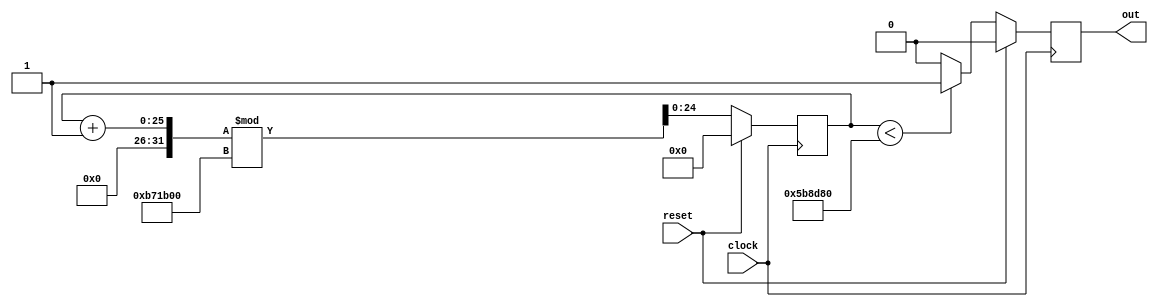
module clock_divider #(
    parameter [5:0]  COUNT_WIDTH = 24,
    // Create a default divisor constant of 6mhz which will result in a delay of 500ms per cycle (1 / (12mhz / 6mhz))
    parameter [COUNT_WIDTH:0] DIVISOR = 6000000
)(
    input clock,
    input reset,
    output reg out
);
    // Clock is HIGH 50% and LOW 50%, so we need to double to get the divisor
    localparam DOUBLE_DIVISOR  = DIVISOR * 2;
    // Create a counter and initialize to 0
    reg [COUNT_WIDTH:0] counter = 0;


    always @(posedge clock) begin
        if (reset == 1'b1) begin
            counter <= 0;
            out <= 1'b0;
        end else begin
            // Add 1 to counter, wrapping to 0 when DIVISOR is reached
            counter <= ((counter + 1) % DOUBLE_DIVISOR);
            // Set div_clock HIGH if we are in the first half of our count, else set LOW
            out <= (counter < DIVISOR) ? 1'b1 : 1'b0;
        end
    end
endmodule